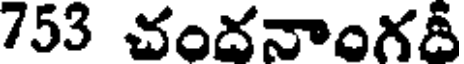
753 చందనాంగదీ